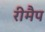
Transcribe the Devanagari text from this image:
रीमैप